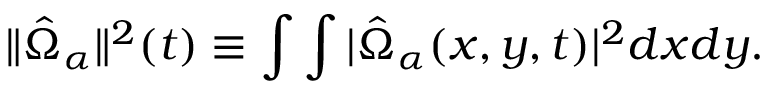
\| \hat { \Omega } _ { \alpha } \| ^ { 2 } ( t ) \equiv \int \int | \hat { \Omega } _ { \alpha } ( x , y , t ) | ^ { 2 } d x d y .